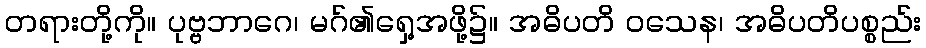
တရားတို့ကို။ ပုဗ္ဗဘာဂေ၊ မဂ်၏ရှေ့အဖို့၌။ အဓိပတိ ဝသေန၊ အဓိပတိပစ္စည်း